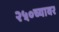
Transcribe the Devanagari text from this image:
२५०च्यावर